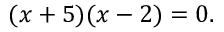
( x + 5 ) ( x - 2 ) = 0 .